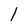
Character: 1